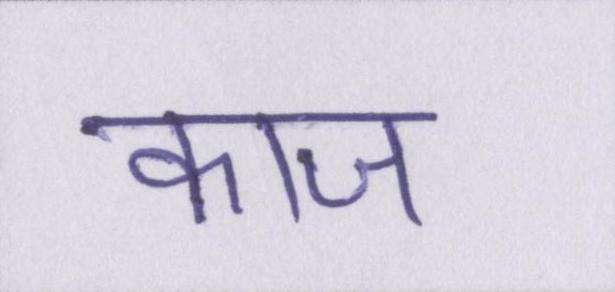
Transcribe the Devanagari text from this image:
काज